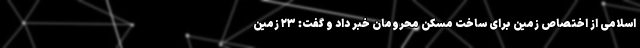
اسلامی از اختصاص زمین برای ساخت مسکن محرومان خبر داد و گفت: ۲۳ زمین